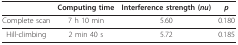
<table><thead><tr><td></td><td><b>Computing time</b></td><td><b>Interference strength (<i>nu</i>)</b></td><td><b><i>p</i></b></td></tr></thead><tbody><tr><td>Complete scan</td><td>7 h 10 min</td><td>5.60</td><td>0.180</td></tr><tr><td>Hill-climbing</td><td>2 min 40 s</td><td>5.72</td><td>0.185</td></tr></tbody></table>